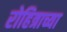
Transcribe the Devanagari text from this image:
रोहित्राच्या